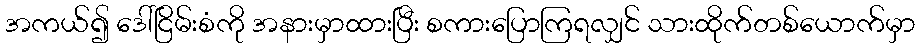
အကယ်၍ ဒေါ်ငြိမ်းစံကို အနားမှာထားပြီး စကားပြောကြရလျှင် သားထိုက်တစ်ယောက်မှာ